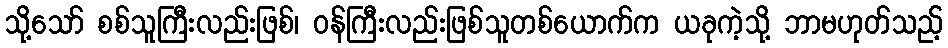
သို့သော် စစ်သူကြီးလည်းဖြစ်၊ ဝန်ကြီးလည်းဖြစ်သူတစ်ယောက်က ယခုကဲ့သို့ ဘာမဟုတ်သည့်